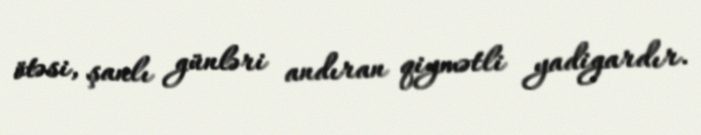
ötəsi, şanlı günləri andıran qiymətli yadigardır.